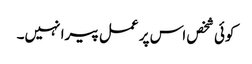
کوئی شخص اس پر عمل پیرا نہیں۔